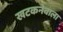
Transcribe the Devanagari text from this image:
खटकनेवाला